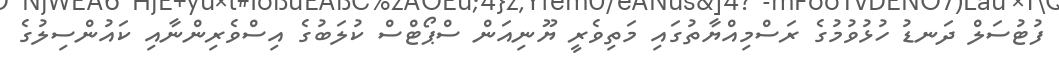
ފުޓުސަލް ދަނޑު ހުޅުވުމުގެ ރަސްމިއްޔާތުގައި މަތިވެރީ ޔޫނިއަން ސްޕޯޓްސް ކުލަބުގެ އިސްވެރިންނާއި ކައުންސިލުގެ